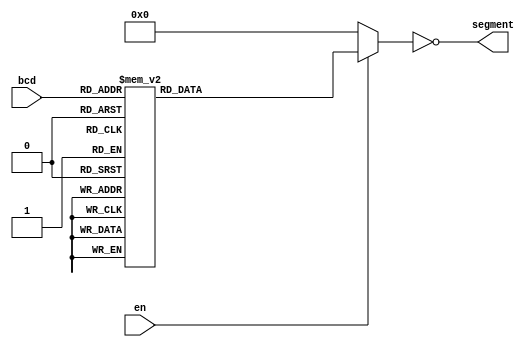
module bcdtoseg(en, bcd, segment);
input en; //Habilitador de decodificador
input [3:0] bcd;//Numero binario de entrada
output [6:0] segment; //Salida a segmentos
reg [6:0] seg; //registro para guardar el segmento
assign segment = ~seg; //segmentos para anodo comun
always @(en, bcd)
 if(en) 
   case(bcd)//seg MSB (G)(F)(E)(D)(C)(B)(A)
	0: seg = 7'b0111111;
	1: seg = 7'b0000110;
	2: seg = 7'b1011011;
	3: seg = 7'b1001111;
	4: seg = 7'b1100110;
	5: seg = 7'b1101101;
	6: seg = 7'b1111100;
	7: seg = 7'b0000111;
	8: seg = 7'b1111111;
	9: seg = 7'b1100111;
	default: seg = 7'b0000000;
   endcase
 else seg = 7'b0000000;
endmodule